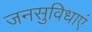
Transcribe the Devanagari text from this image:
जनसुविधाएं